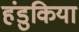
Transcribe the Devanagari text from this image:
हंडुकिया